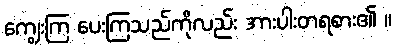
ကျွေးကြ ပေးကြသည်ကိုလည်း အားပါးတရစား၏ ။